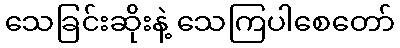
သေခြင်းဆိုးနဲ့ သေကြပါစေတော်